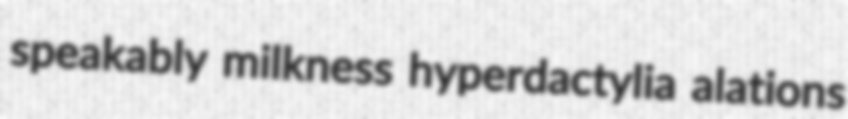
speakably milkness hyperdactylia alations